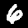
Label: 6